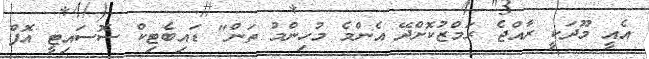
އެއީ މޫދަކީ ރާއްޖެ ރަމްޒުކޮށްދޭ އެންމެ މުހިންމު ތަން" ޑައިބެޓިކް ސޮސައިޓީ އޮފް